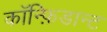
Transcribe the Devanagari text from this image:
कॉन्फ़िडान्ट